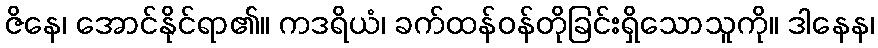
ဇိနေ၊ အောင်နိုင်ရာ၏။ ကဒရိယံ၊ ခက်ထန်ဝန်တိုခြင်းရှိသောသူကို။ ဒါနေန၊